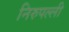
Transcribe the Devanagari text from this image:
निरुपल्ली